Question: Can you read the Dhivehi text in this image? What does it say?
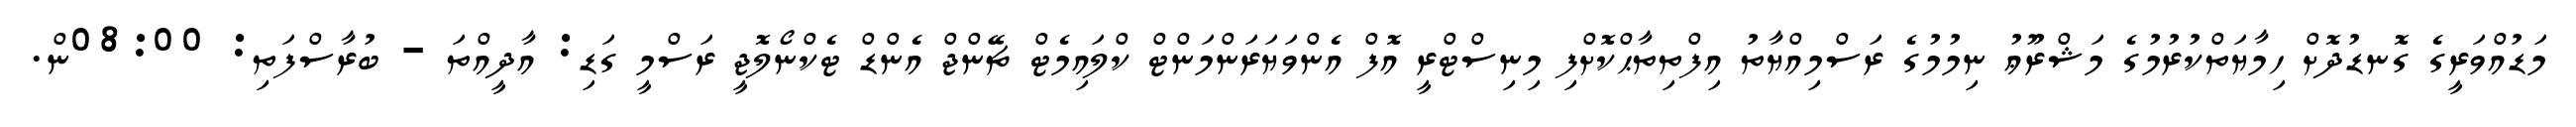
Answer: މަޑުއްވަރީގެ ގޮނޑުދޮށް ހިމާޔަތްކުރުމުގެ މަޝްރޫޢު ނިމުމުގެ ރަސްމިއްޔާތު އިފްތިތާޙްކޮށްފި މިނިސްޓްރީ އޮފް އެންވަޔަރަންމަންޓް ކްލައިމެޓް ޗޭންޖް އެންޑް ޓެކްނޯލޮޖީ ރަސްމީ ގަޑި: އާދީއްތަ - ބުރާސްފަތި: 08:00ން.